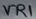
Text: VR1